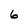
Character: 6